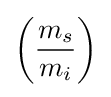
\left({\frac {m_{s}}{m_{i}}}\right)